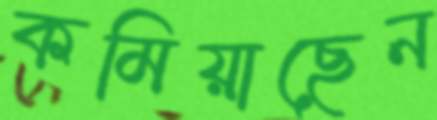
কমিয়াছেন